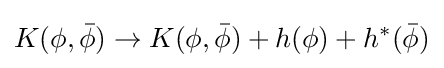
K(\phi ,{\bar {\phi }})\rightarrow K(\phi ,{\bar {\phi }})+h(\phi )+h^{*}({\bar {\phi }})